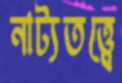
নাট্যতত্ত্বে